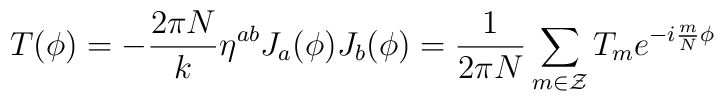
T(\phi)=-\frac{2\pi N}{k}\eta^{ab}J_a(\phi)J_b(\phi)=\frac{1}{2\pi N}\sum_{m\in \cal{Z}}T_{m}e^{-i\frac{m}{N}\phi}